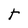
Character: t